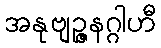
အနုဗျဉ္ဇနဂ္ဂါဟီ